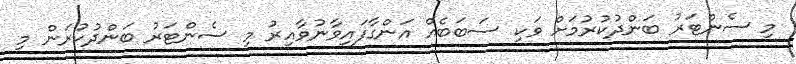
މި ސެންޓަރު ބަންދުކުރުމަށް ވަކި ސަބަބެއް އަންގާފައިވާނުވާއިރު މި ސެންޓަރު ބަންދުކުރަން މި